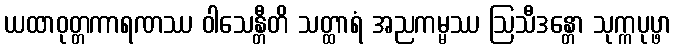
ယထာဝုတ္တကာရဏဿ ဝါသေန္တီတိ သတ္ထာရံ အညကမ္မဿ ဩသီဒန္တော သုက္ကပုပ္ဖာ